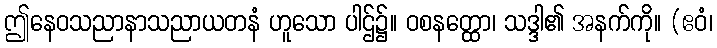
ဤနေဝသညာနာသညာယတနံ ဟူသော ပါဌ်၌။ ဝစနတ္ထော၊ သဒ္ဒါ၏ အနက်ကို။ (ဧဝံ၊